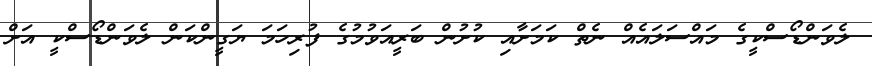
ލެވަންޑޯސްކީގެ މައްސަލައެއް ނެތް ކަމަށާއި ކުށުން ބަރީއަވުމުގެ ފުރިހަމަ ޔަގީންކަން ލެވަންޑޯސްކީ އަށް